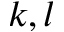
k , l